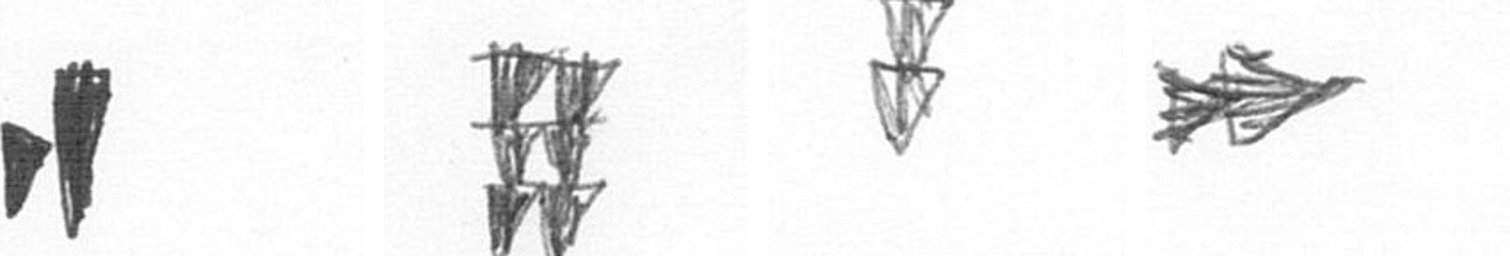
M Y Z A